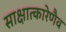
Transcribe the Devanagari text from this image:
साक्षात्कारेणैव